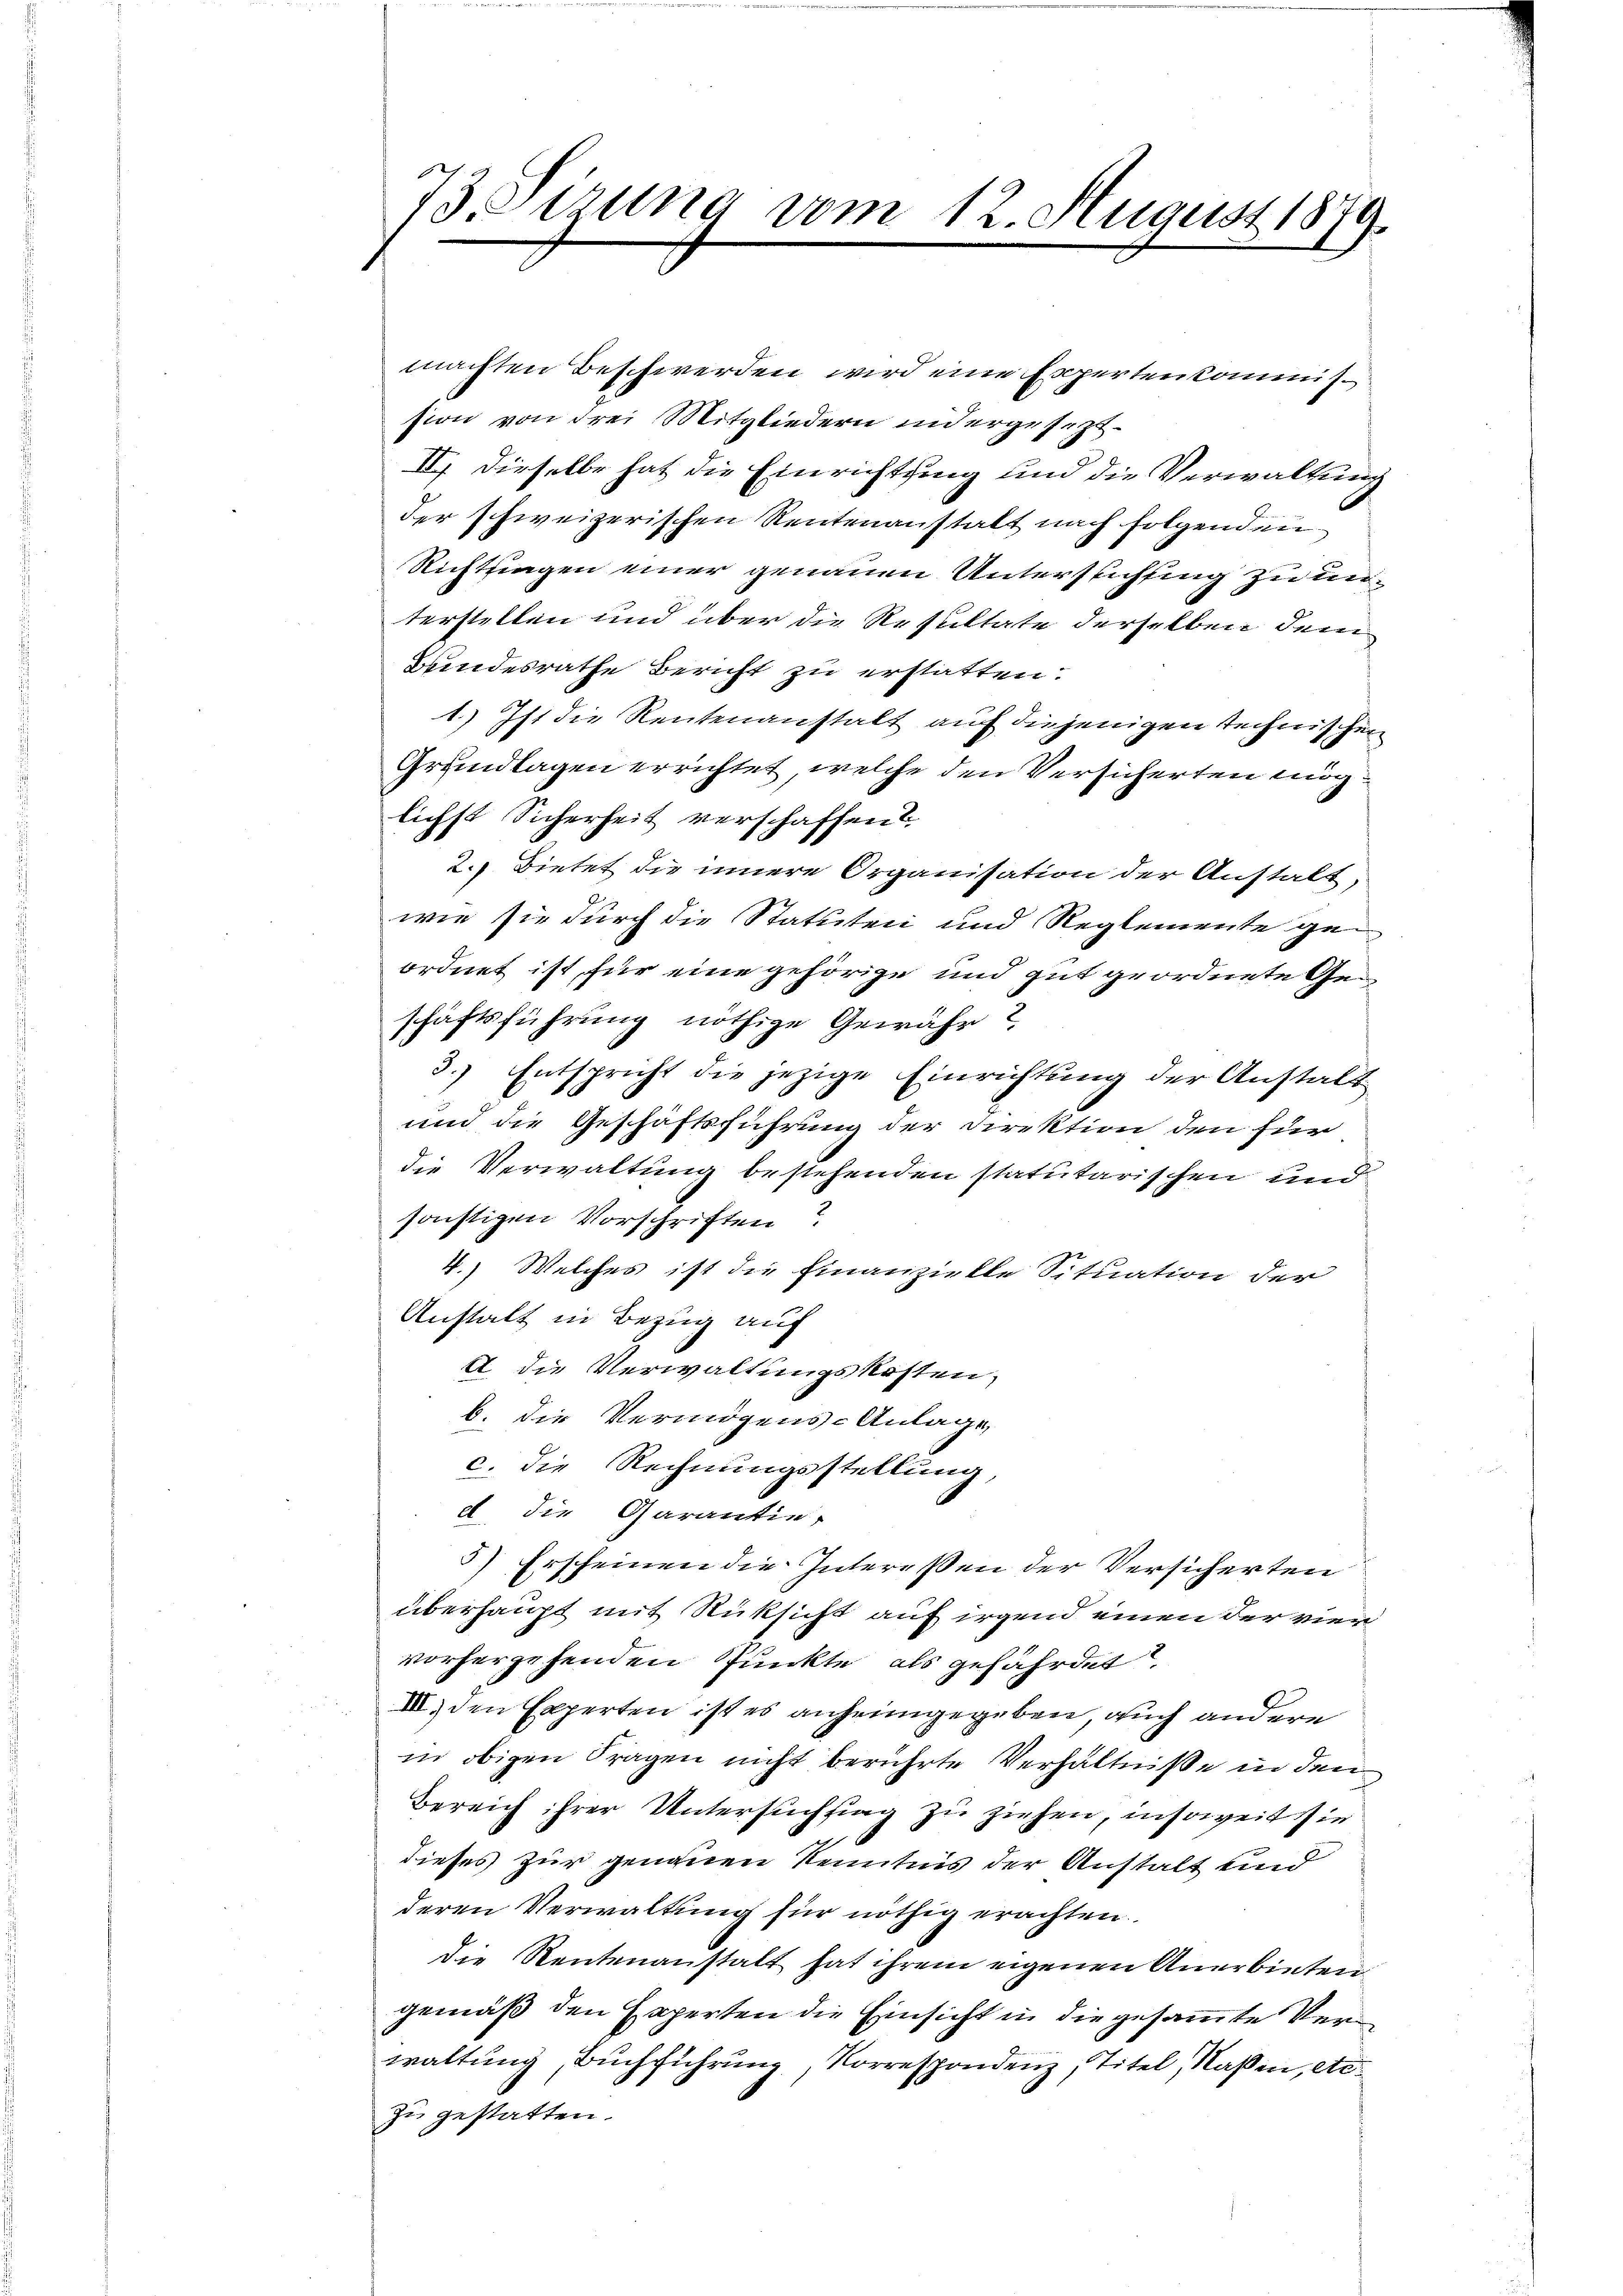
Vorzung vom 12. August 1879

machten Beschwerden wird eine Expertenkommission von drei Mitgliedern indergesezt¬
II. Dieselbe hat die Einrichtung und die Verwaltung
der schweizerischen Rentenanstalt nach folgenden
Richtungen einer genauen Unterstichfing zu unterstellen und über die Resultate derselben dem
Bundesrathe Bericht zu erstatten.
1.) Ist die Rentenanstalt auf diejenigen technischen
Grundlagen errichtet, welche den Versicherten möglichst Sicherheit verschaffend
2.) Dietet die innere Organisation der Anstalt,
wie sie durch die Statuten und Reglemente geordnet ist für eine gehörige und gut geordnete Geschäftsführung nöthige Gewähr?
3.) Entspricht die jezige Einrichtung der Anstalt
und die Geschäftsführung der Direktion den für
die Verwaltung bestehenden statutarischen und
sonstigen Vorschriften?
4.) Welches ist die Finanzielle Situation der
Anstalt in Bezug auf
A. die Verwaltungskosten,
b. die Vermögens-Anlage,
c. die Rechnungsstellung,
e die Garantie,
5) Erscheinen die Interessen der Versicherten
überhaupt mit Rüksicht auf irgend einen der vier
vorhergehenden Punkte als gefährdet.
III) den Experten ist es anheimgegeben, auch andere
in obigen Fragen nicht berührte Verhältniße in den
Bereich ihrer Untersuchtrag zu ziehen, insoweit sie
dieses zur genauen Kenntnis der Anstalt und
deren Verwaltung für nöthig erachten.
die Rentenanstatt hat ihrem eigenen Anerbieten
gemäß den Experten die Einsicht in die gesammte Verwaltung Buchführung, Korrespondenz, Titel, Naßen, etc.
zu gestatten.